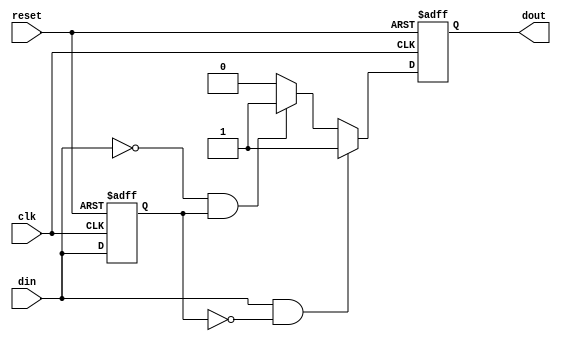
module EdgeDetector (
    input wire clk,      // Clock input
    input wire reset,    // Asynchronous reset
    input wire din,      // Signal input
    output reg dout      // Edge detected output
);

    reg din_prev; // Memory block to store previous state of din

    // Sequential logic for edge detection
    always @(posedge clk or posedge reset) begin
        if (reset) begin
            din_prev <= 1'b0; // Initialize previous state to low
            dout <= 1'b0;     // Initialize dout to low
        end else begin
            // Edge detection logic
            if (din == 1'b1 && din_prev == 1'b0) begin
                dout <= 1'b1; // Rising edge detected
            end else if (din == 1'b0 && din_prev == 1'b1) begin
                dout <= 1'b1; // Falling edge detected
            end else begin
                dout <= 1'b0; // No edge detected
            end
            
            // Update previous state
            din_prev <= din;
        end
    end

endmodule